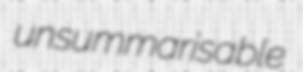
unsummarisable